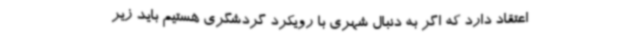
اعتقاد دارد که اگر به دنبال شهری با رویکرد گردشگری هستیم باید زیر